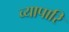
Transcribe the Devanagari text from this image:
व्यापारि